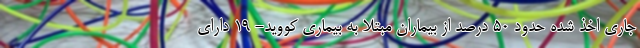
جاری اخذ شده حدود ۵۰ درصد از بیماران مبتلا به بیماری کووید- ۱۹ دارای